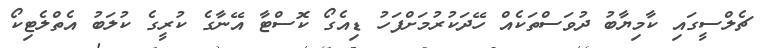
ޗެލްސީގައި ކާމިޔާބު ދުވަސްތަކެއް ހޭދަކުރުމަށްފަހު ޑިއެގޯ ކޮސްޓާ އޭނާގެ ކުރީގެ ކުލަބު އެތްލެޓިކޯ